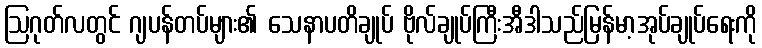
ဩဂုတ်လတွင် ဂျပန်တပ်များ၏ သေနာပတိချုပ် ဗိုလ်ချုပ်ကြီးအီဒါသည်မြန်မာ့အုပ်ချုပ်ရေးကို